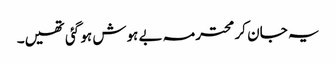
یہ جان کر محترمہ بے ہوش ہو گئی تھیں۔